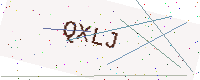
Text: QXLJ